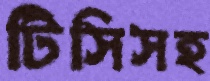
টিসিসহ